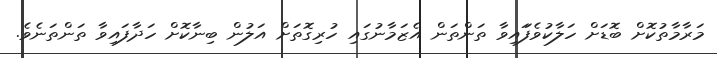
މަރާމާތުކޮށް ބޮޑަށް ހަލާކުވެފަައިވާ ތަންތަން އެޒަމާނުގައި ހުރިގޮތަށް އަލުން ބިނާކޮށް ހަދާފައިވާ ތަންތަނެވެ.